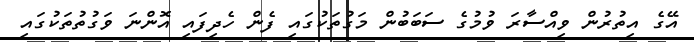
އޭގެ އިތުރުން ވިއްސާރަ ވުމުގެ ސަބަބުން މަގުތަކުގައި ފެން ހެދިފައި އޮންނަ ވަގުތުތަކުގައި